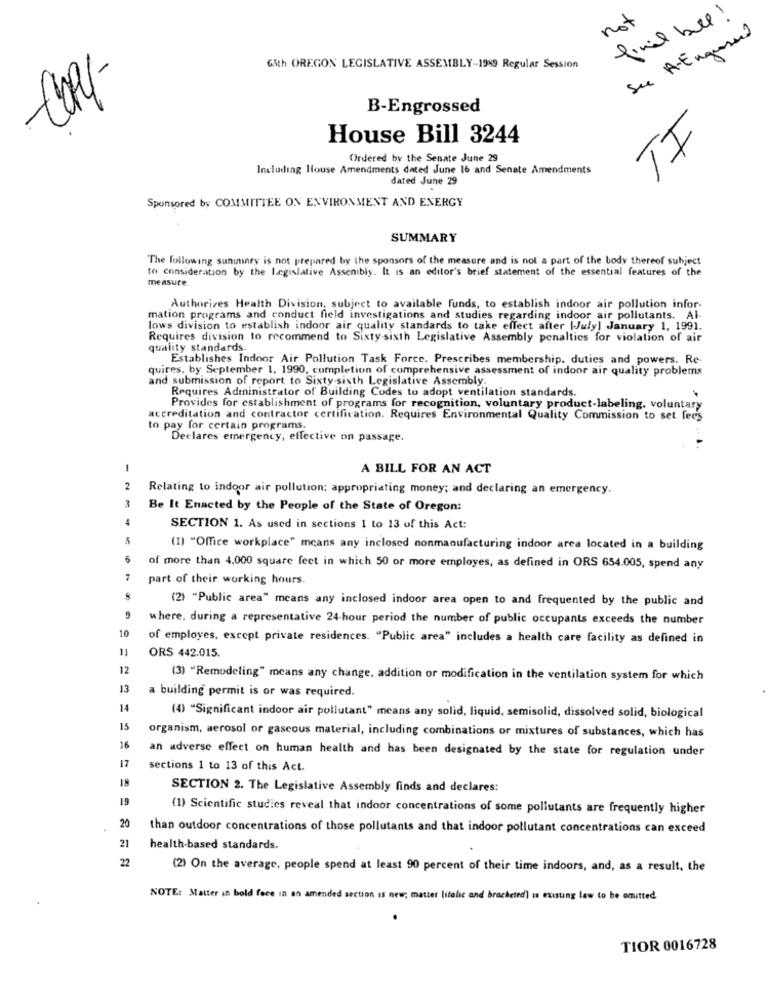
not
final bel!
Sie A-Engrossed
tall-
65th OREGON LEGISLATIVE ASSEMBLY -- 1999 Regular Session
B-Engrossed
TI
House Bill 3244
Ordered by the Senate June 29
Including louse Amendments dated June 16 and Senate Amendments
dated June 29
Sponsored by COMMITTEE ON ENVIRONMENT AND ENERGY
SUMMARY
The following sunitinry is not prepared by the sponsors of the measure and is not a part of the body thereof subject
to consideration by the Legislative Assenbly. It is an editor's brief statement of the essential features of the
measure.
Authorizes Health Division, subject to available funds, to establish indoor air pollution infor-
mation programs and conduct field investigations and studies regarding indoor air pollutants. Al-
lows division to establish indoor air quality standards to take effect after (July! January 1, 1991.
Requires division to recommend to Sixty-sixth Legislative Assembly penalties for violation of air
quality standards.
Establishes Indoor Air Pollution Task Force. Prescribes membership. duties and powers. Re-
quires, by September 1. 1990, completion of comprehensive assessment of indoor air quality problems
and submission of report to Sixty-sixth Legislative Assembly.
Requires Administrator of Building Codes to adopt ventilation standards.
.
Provides for establishment of programs for recognition, voluntary product-labeling. voluntary
accreditation and contractor certification. Requires Environmental Quality Commission to set fees
to pay for certain programs.
Declares emergency, ellective on passage.
-
A BILL FOR AN ACT
2
Relating to indoor air pollution; appropriating money; and declaring an emergency.
Be It Enacted by the People of the State of Oregon:
4
SECTION 1. As used in sections 1 to 13 of this Act:
5
(I) "Office workplace" means any inclosed nonmanufacturing indoor area located in a building
5
of more than 4,000 square feet in which 50 or more employes, as defined in ORS 654.005, spend any
7
part of their working hours.
8
(2) "Public area" means any inclosed indoor area open to and frequented by the public and
where, during a representative 24-hour period the number of public occupants exceeds the number
10
of employes, except private residences. "Public area" includes a health care facility as defined in
ORS 442.015.
12
(3) "Remodeling" means any change, addition or modification in the ventilation system for which
13
a building permit is or was required.
14
(4) "Significant indoor air pollutant" means any solid, liquid, semisolid, dissolved solid, biological
15
organism, aerosol or gascous material, including combinations or mixtures of substances, which has
16
an adverse effect on human health and has been designated by the state for regulation under
17
sections 1 to 13 of this Act.
SECTION 2. The Legislative Assembly finds and declares:
19
(1) Scientific studies reveal that indoor concentrations of some pollutants are frequently higher
.
20
than outdoor concentrations of those pollutants and that indoor pollutant concentrations can exceed
21
health-based standards.
22
(2) On the average, people spend at least 90 percent of their time indoors, and, as a result, the
NOTE: Matter in bold fece in an amended section is new; matter (italic and brocheted] in existing law to be omitted
TIOR 0016728